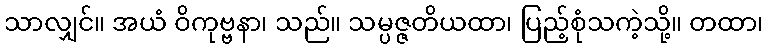
သာလျှင်။ အယံ ဝိကုဗ္ဗနာ၊ သည်။ သမ္ပဇ္ဇတိယထာ၊ ပြည့်စုံသကဲ့သို့။ တထာ၊